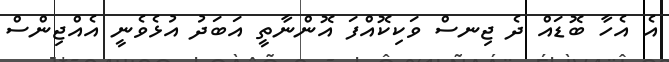
އެ އެހާ ބޮޑައް ދެ ޖިނސް ވަކިކޮއްފަ އޮންނާތީ އަބަދު އުޅެވެނީ އެއްޖިންސް